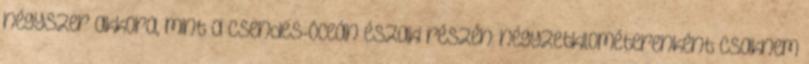
négyszer akkora, mint a Csendes-óceán északi részén: négyzetkilométerenként csaknem